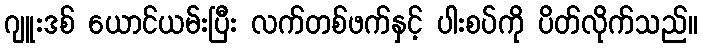
ဂျူးဒစ် ယောင်ယမ်းပြီး လက်တစ်ဖက်နှင့် ပါးစပ်ကို ပိတ်လိုက်သည်။